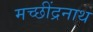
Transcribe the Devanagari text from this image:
मच्छींद्रनाथ